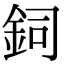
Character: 鉰